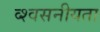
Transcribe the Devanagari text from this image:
व्श्वसनीयता